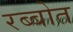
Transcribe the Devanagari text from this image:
रब्बोत